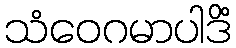
သံဝေဂမာပါဒိံ